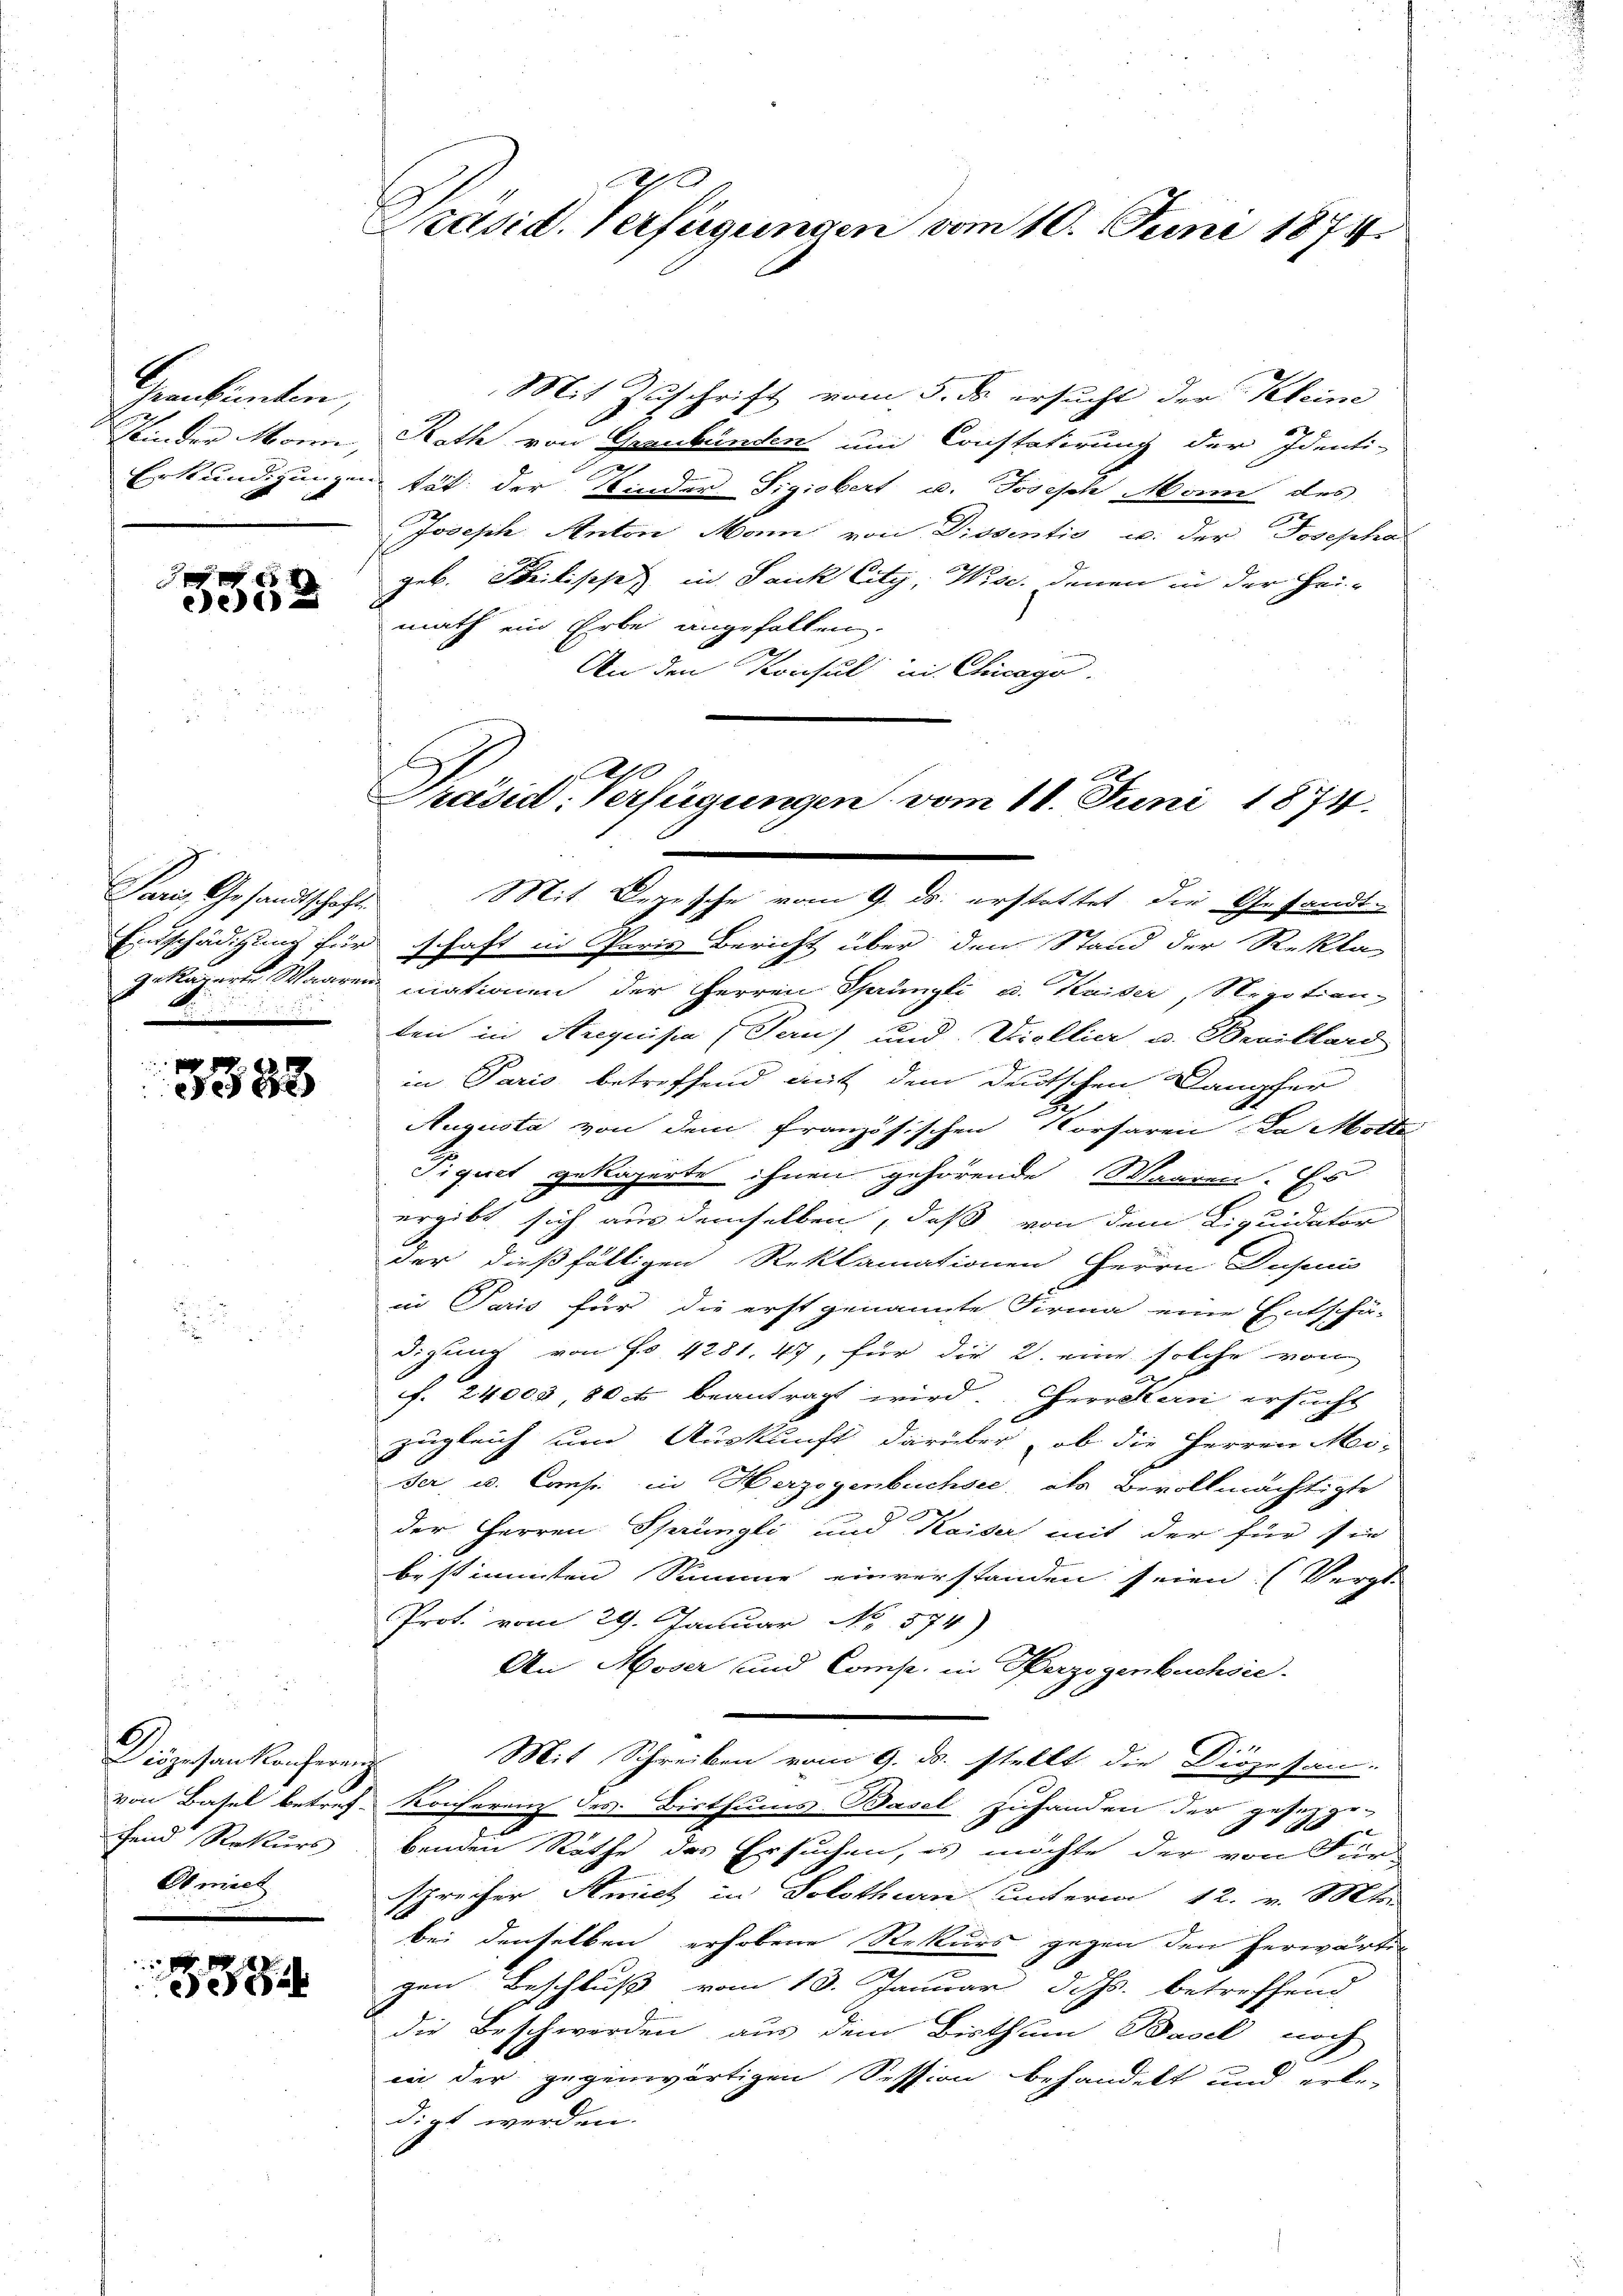
Grabinten,
Sein der Moren,
Erkundigungen.

J
B
de8

Puri, Gesandtschaft
si in den und

3388

6
Diözesankonferenz
fend Rekurs
Ob nich

1
338

d
Präsid. Verfügungen vom 10. Juni 1874.

Mit Zuschrift vom 5. ds ersucht der Kleine
b E
Roth von Graubünden und Constatirung der Identi-
tät der Kinder Sigiebert u. Joseph Mann des
Joseph Anton Man von Prosentio u. der Josepha
geb. Freilisches in Jauk City, Wise, denen in der Hei-
math ein Erbe angefallen.
An den Konsul in Chicago.
Mit Depesche vom 9. ds. erstattet die Gesandt
Entschädigung für schaft in Paris Bericht über den Stand der Rekla
gekäreren Waaren mationen der Herren Sprüngli u. Kaiser, Negotion
ten in Arequisia (Pern) und Diellia u. Bevillard
in Paris betreffend mit dem deutschen Dampfer
Augusta von dem französischen Vorsaren, da Mette
Tiquet gekaperte ihnen gehörende Waaren. Es
ergibt sich aus demselben, daß von dem Liquidator
der dießfälligen Reklamationen Herrn Insui
in Paris für die erst genannte Firma eine Entschä-
digung von Fr. 4281. 47, für die 2. eine solche von
f. 24003, 80 c beantragt wird. Herrekern ersucht
zugleich und Auskunft darüber, ob die Herren Mi-
ser, u. Consi in Herzogenbuchsee, als Bevollmächtigte
der Herren Sprüngli und Kaiser mit der für sie
bestimmten Summe einverstanden seien. (Vergl.
Prot. vom 29. Januar No. 574)
An Moser und Comp. in Herzogenbuchsie.
Mit Schreiben vom 9. ds. stellt die Diözesan.
von Basel betref Konferenz des Bisthums-Basel zuhanden der gesetzge-
benden Räthe des Ersuchen, es möchte der von Für-
sprecher Ansich in Solothurn unterm 12. v. Mts.
bei denselben erhobene Rekurs gegen den herwärtig
gen Beschluß vom 13. Januar d. Js. betreffend
die Beschwerden aus dem Bisthum Basel noch
in der gegenwärtigen Session behandelt und erle
digt werden.

An
Präsid: Verfügungen vom 11. Juni 1874.